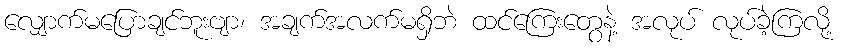
လျှောက်မပြောချင်ဘူးဗျာ၊ အချက်အလက်မရှိဘဲ ထင်ကြေးတွေနဲ့ အလုပ် လုပ်ခဲ့ကြလို့